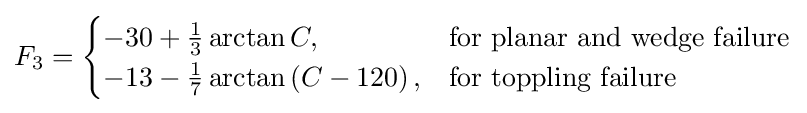
F_{3}={\begin{cases}-30+{\frac {1}{3}}\arctan C,&{\text{for planar and wedge failure}}\\-13-{\frac {1}{7}}\arctan \left(C-120\right),&{\text{for toppling failure}}\end{cases}}